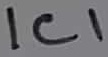
Text: IC1